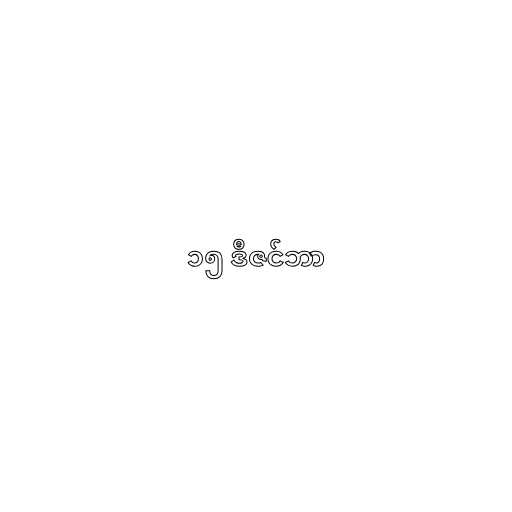
၁၅ ဒီဇင်ဘာ